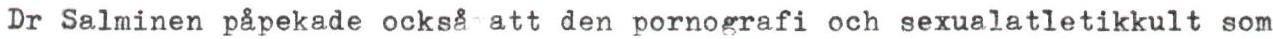
Dr Salminen påpekade också att den pornografi och sexualatletikkult som